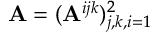
\mathbf { A } = ( \mathbf { A } ^ { i j k } ) _ { j , k , i = 1 } ^ { 2 }